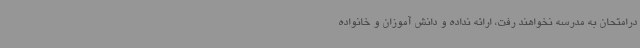
درامتحان به مدرسه نخواهند رفت، ارائه نداده و دانش آموزان و خانواده